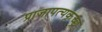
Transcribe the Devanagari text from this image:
प्राजापत्यकृच्छ्र